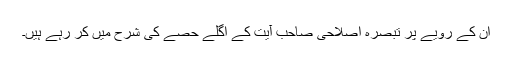
ان کے رویے پر تبصرہ اصلاحی صاحب آیت کے اگلے حصے کی شرح میں کر رہے ہیں۔